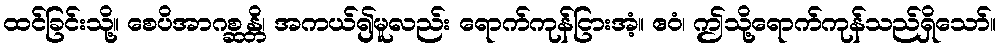
ထင်ခြင်းသို့။ စေပိအာဂစ္ဆန္တိ၊ အကယ်၍မူလည်း ရောက်ကုန်ငြားအံ့။ ဧဝံ၊ ဤသို့ရောက်ကုန်သည်ရှိသော်။